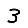
Digit: 3